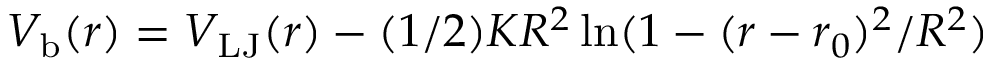
V _ { \mathrm { b } } ( r ) = V _ { \mathrm { L J } } ( r ) - ( 1 / 2 ) K R ^ { 2 } \ln ( 1 - ( r - r _ { 0 } ) ^ { 2 } / R ^ { 2 } )